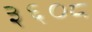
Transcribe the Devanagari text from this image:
३६०८